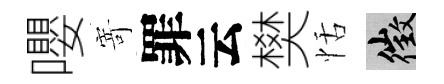
嚶𭔃罪云樊恬徵